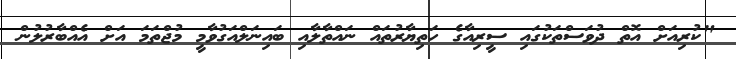
"ކުރިއަށް އޮތް ދުވަސްތަކުގައި ސީރިއާގެ ހަތިޔާރުތައް ނައްތާލާއި ބައިނަލްއަގުވާމީ މުޖްތަމަ އަށް އެއްބާރުލުން